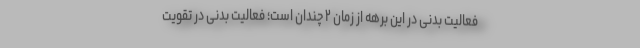
فعالیت بدنی در این برهه از زمان ۲ چندان است؛ فعالیت بدنی در تقویت